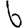
Digit: 6